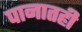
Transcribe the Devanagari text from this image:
पानातही